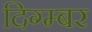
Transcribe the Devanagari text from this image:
दिग्म्बर